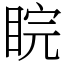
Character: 睆